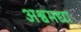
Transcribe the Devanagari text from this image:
अश्वमद्या